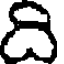
ది